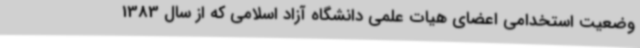
وضعیت استخدامی اعضای هیات علمی دانشگاه آزاد اسلامی که از سال 1383